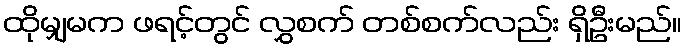
ထိုမျှမက ဖရင့်တွင် လွှစက် တစ်စက်လည်း ရှိဦးမည်။